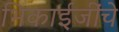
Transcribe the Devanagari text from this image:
भिकाईजींचे